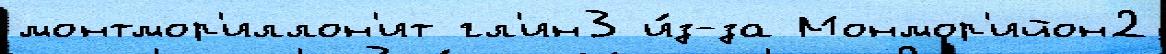
монтмор'иллон'ит гл'ин3 и́з-за Монмор'ийон2